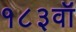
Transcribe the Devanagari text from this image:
१८३वॉ